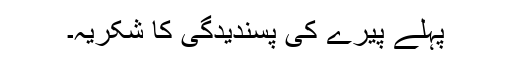
پہلے پیرے کی پسندیدگی کا شکریہ۔